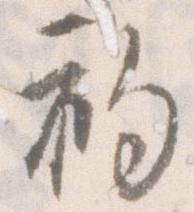
初